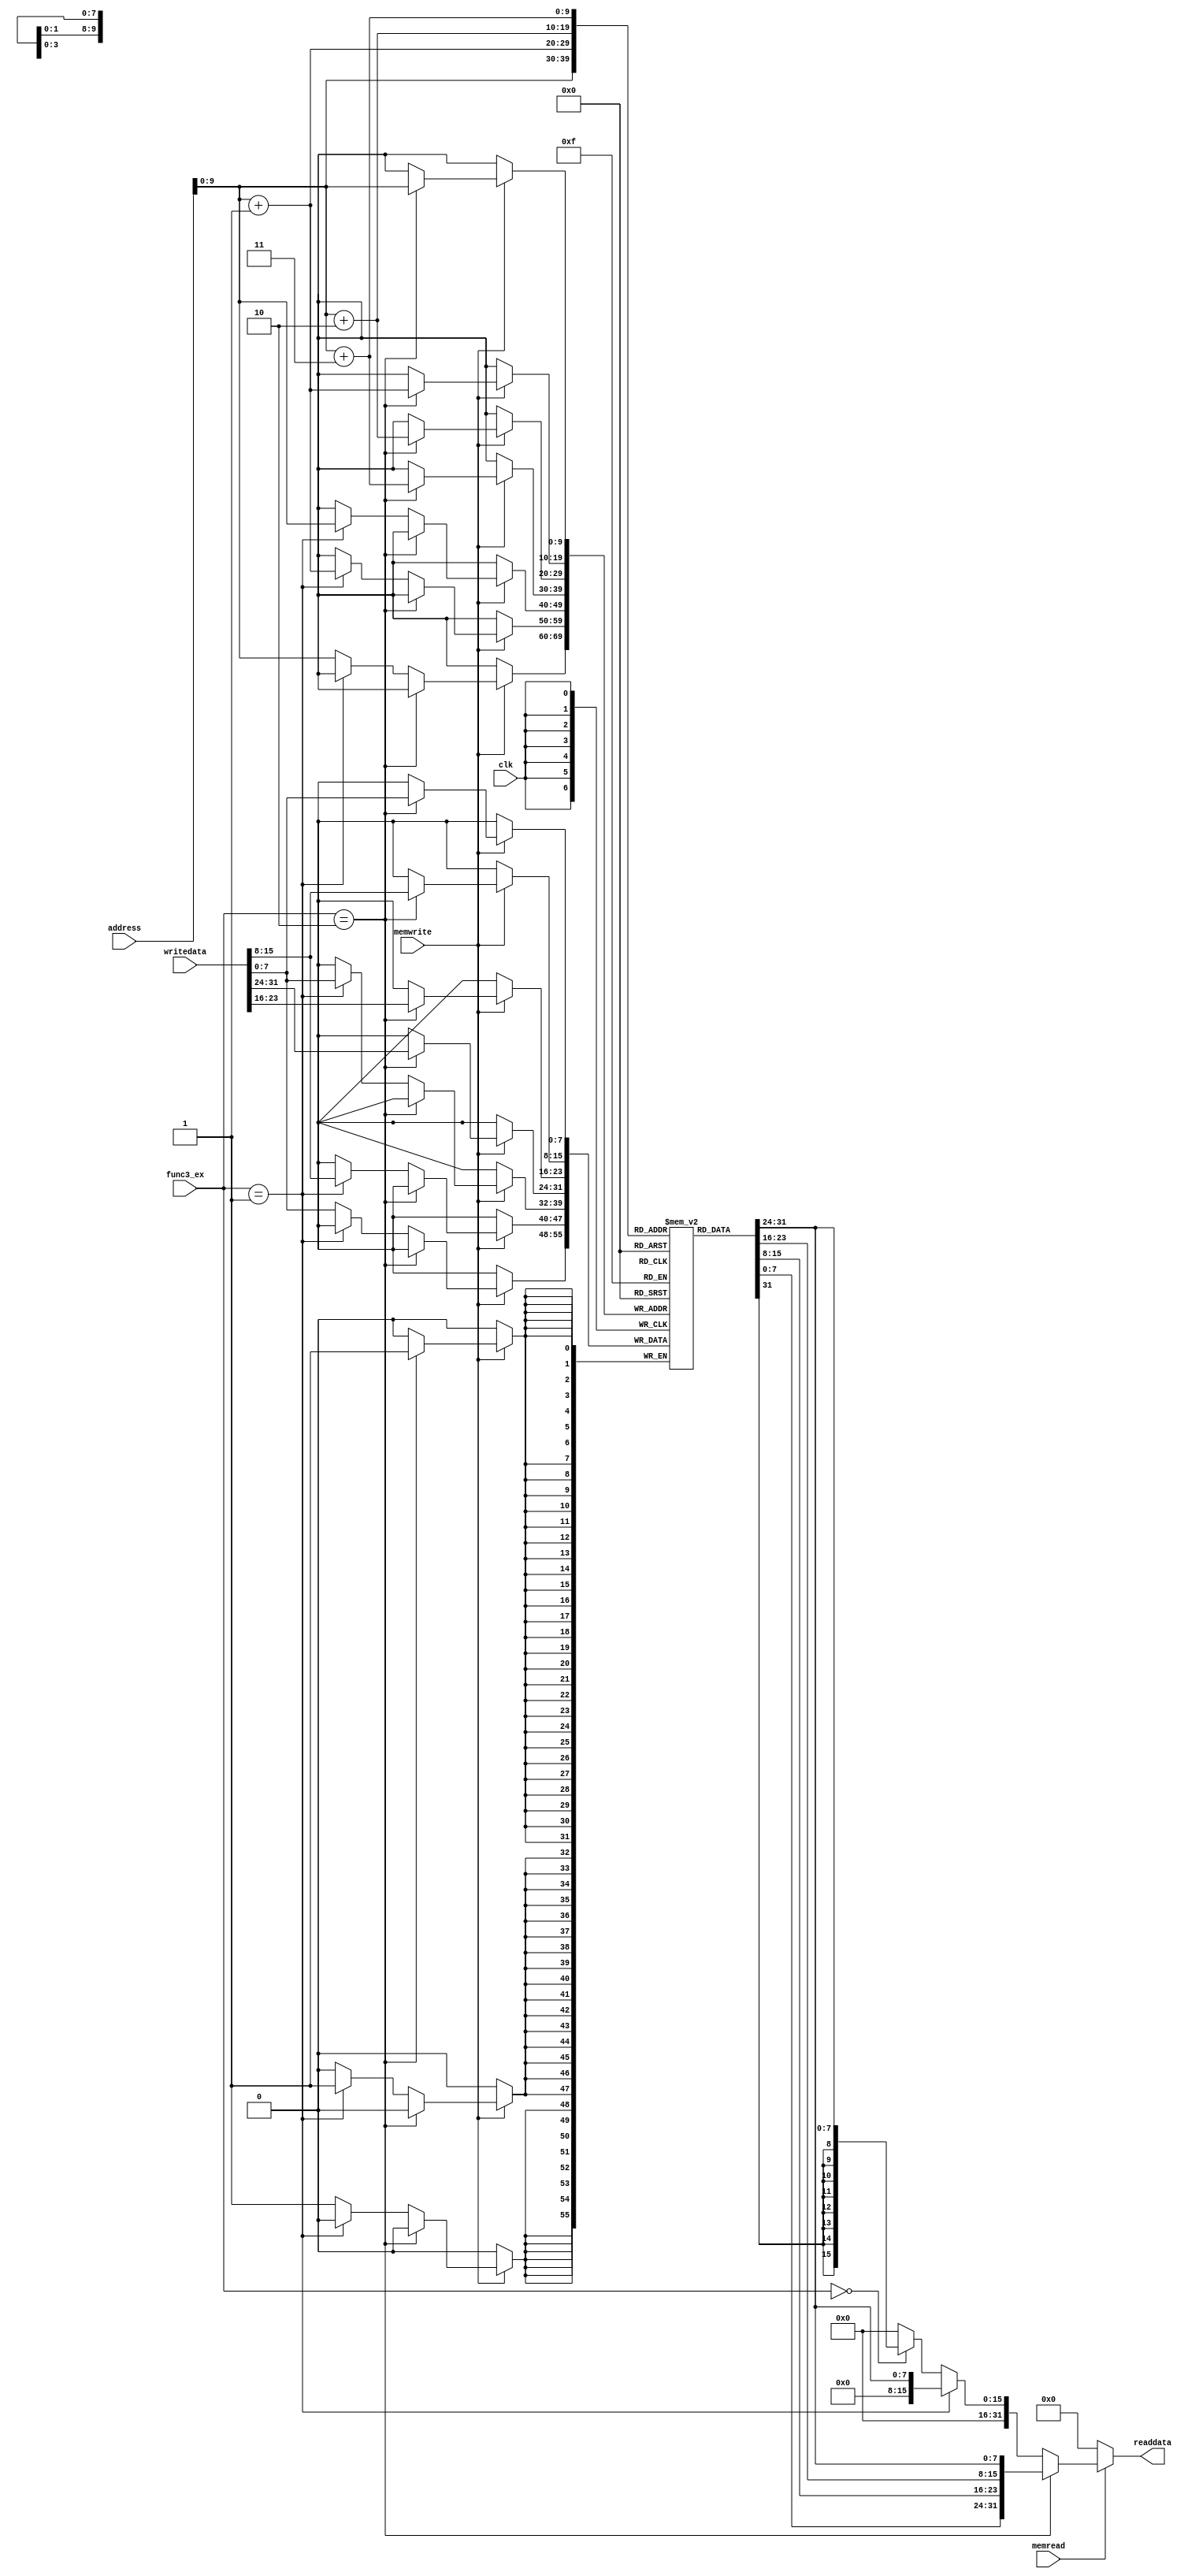
module datamemory(clk, address, writedata, memread, memwrite, func3_ex, readdata);

    input clk, memread, memwrite;
    input [2:0] func3_ex;
    input [31:0] writedata;
    input [31:0] address; // change later
    
    output wire [31:0] readdata;
    wire [15:0] one_byte;
    wire [7:0] half_word;
    wire [31:0] one_word;

    reg [7:0] memfile [0:1023]; // increase memory size later

    assign one_word  = {memfile[address+3], memfile[address+2], memfile[address+1], memfile[address]};
    assign one_byte  = {{24{memfile[address][7]}}, memfile[address]};
    assign half_word = {{16{memfile[address][15]}}, memfile[address+1], memfile[address]};

    assign readdata  = (memread == 1) ?  (func3_ex == 3'b010 ? one_word  : 
                                         (func3_ex == 3'b001 ? half_word : 
                                         (func3_ex == 3'b000 ? one_byte  : 0))) : 0;

    always @ (posedge clk)
        begin
            if (memwrite == 1)
                begin
                    if (func3_ex == 3'b010)
                        {memfile[address+3], memfile[address+2], memfile[address+1], memfile[address]} <= writedata;
                    else if (func3_ex == 3'b001)
                        {memfile[address+1], memfile[address]} <= writedata[15:0];
                    else
                        memfile[address] <= writedata[7:0];
                end
        end

endmodule